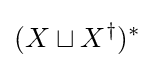
(X\sqcup X^{\dagger })^{*}